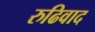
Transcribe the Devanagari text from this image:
रुढिवाद